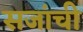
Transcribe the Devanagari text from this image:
सजांची